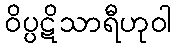
ဝိပ္ပဋိသာရီဟုဝါ